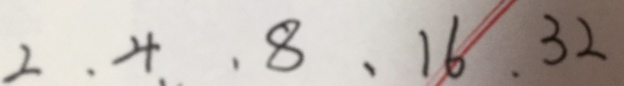
2 . 4 . 8 . 1 6 . 3 2